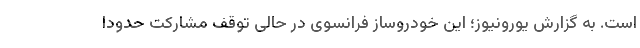
است. به گزارش یورونیوز؛ این خودروساز فرانسوی در حالی توقف مشارکت حدودا